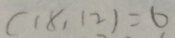
( 1 8 , 1 2 ) = 6